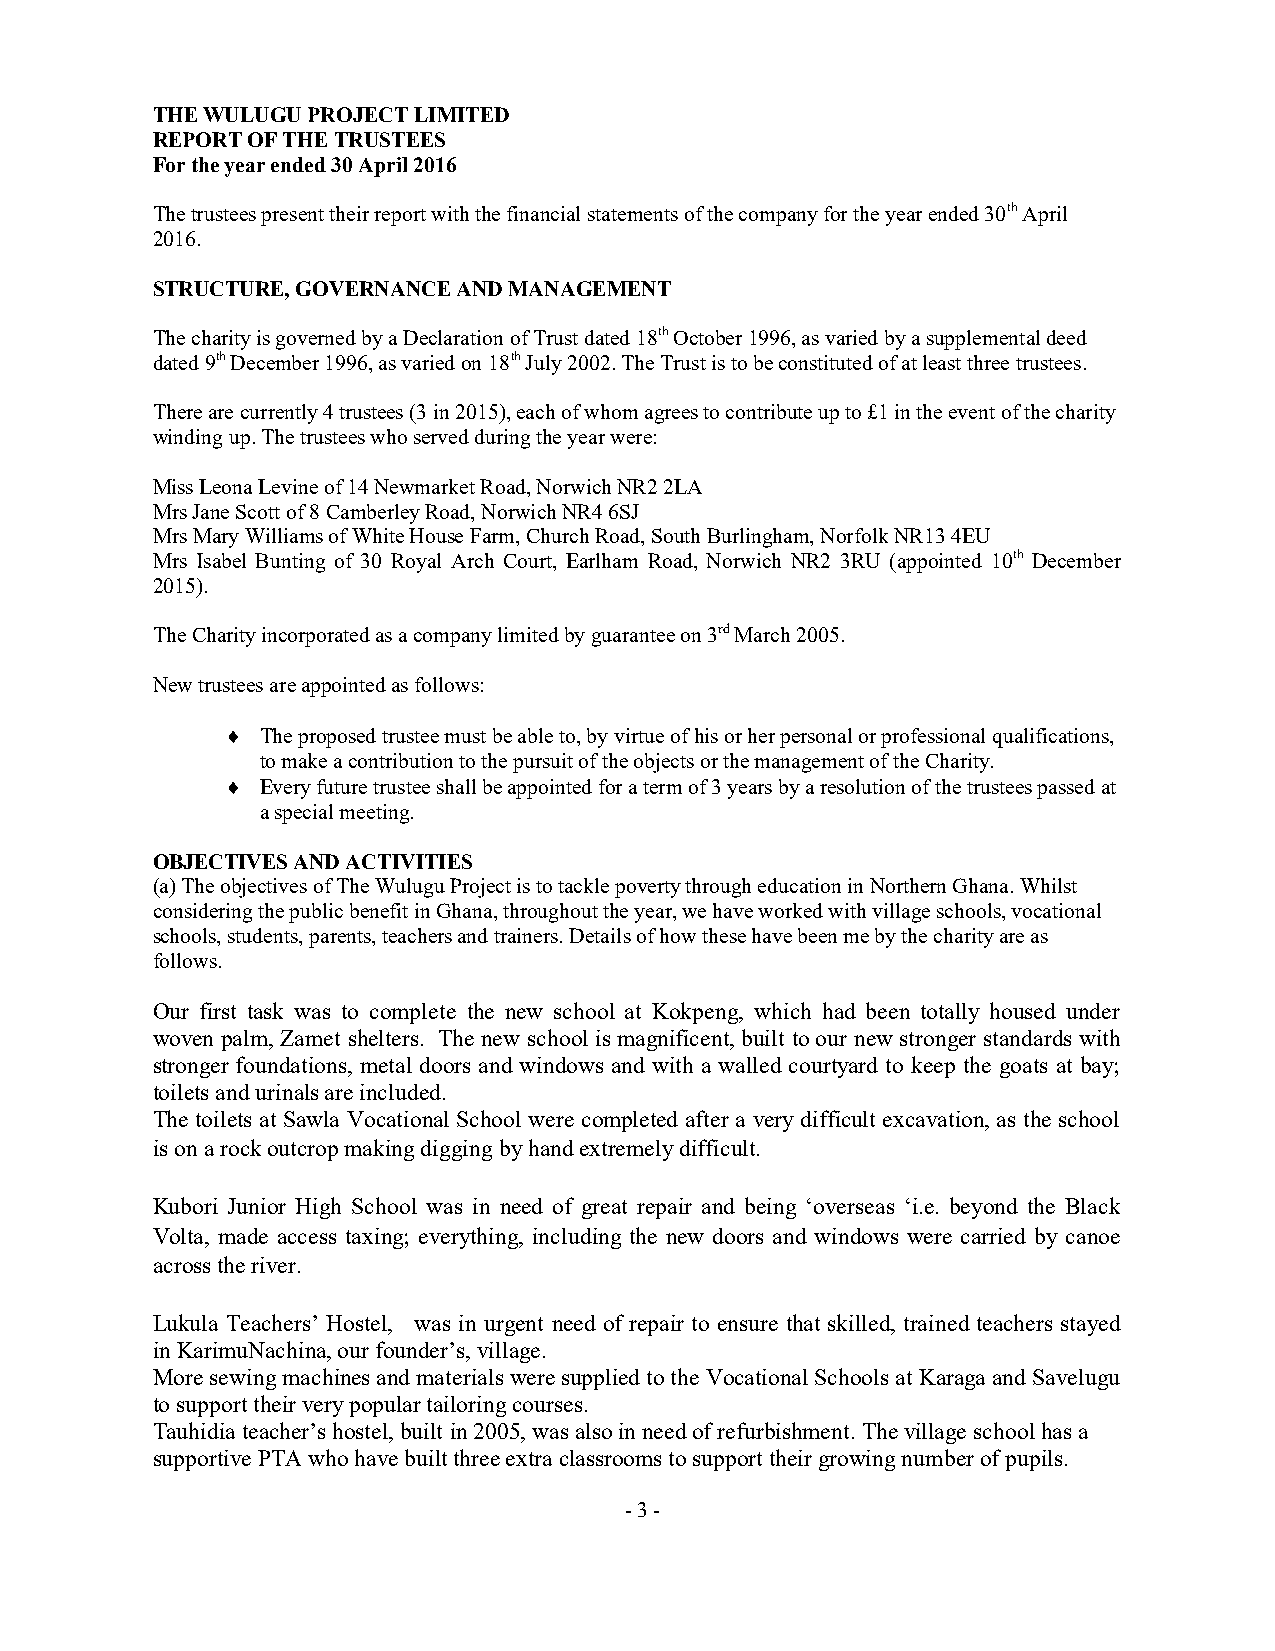
THE WULUGU PROJECT LIMITED
 REPORT OF THE TRUSTEES
 For the year ended 30 April 2016
 The trustees present their report with the financial statements of the company for the year ended 30th April
 2016.
 STRUCTURE, GOVERNANCE AND MANAGEMENT
 The charity is governed by a Declaration of Trust dated 18th October 1996, as varied by a supplemental deed
 dated 9th December 1996, as varied on 18th July 2002. The Trust is to be constituted of at least three trustees.
 There are currently 4 trustees (3 in 2015), each of whom agrees to contribute up to £1 in the event of the charity
 winding up. The trustees who served during the year were:
 Miss Leona Levine of 14 Newmarket Road, Norwich NR2 2LA
 Mrs Jane Scott of 8 Camberley Road, Norwich NR4 6SJ
 Mrs Mary Williams of White House Farm, Church Road, South Burlingham, Norfolk NR13 4EU
 Mrs Isabel Bunting of 30 Royal Arch Court, Earlham Road, Norwich NR2 3RU (appointed 10th December
 2015).
 The Charity incorporated as a company limited by guarantee on 3rd March 2005.
 New trustees are appointed as follows:
  The proposed trustee must be able to, by virtue of his or her personal or professional qualifications,
 to make a contribution to the pursuit of the objects or the management of the Charity.
  Every future trustee shall be appointed for a term of 3 years by a resolution of the trustees passed at
 a special meeting.
 OBJECTIVES AND ACTIVITIES
 (a) The objectives of The Wulugu Project is to tackle poverty through education in Northern Ghana. Whilst
 considering the public benefit in Ghana, throughout the year, we have worked with village schools, vocational
 schools, students, parents, teachers and trainers. Details of how these have been me by the charity are as
 follows.
 Our first task was to complete the new school at Kokpeng, which had been totally housed under
 woven palm, Zamet shelters. The new school is magnificent, built to our new stronger standards with
 stronger foundations, metal doors and windows and with a walled courtyard to keep the goats at bay;
 toilets and urinals are included.
 The toilets at Sawla Vocational School were completed after a very difficult excavation, as the school
 is on a rock outcrop making digging by hand extremely difficult.
 Kubori Junior High School was in need of great repair and being ‘overseas ‘i.e. beyond the Black
 Volta, made access taxing; everything, including the new doors and windows were carried by canoe
 across the river.
 Lukula Teachers’ Hostel, was in urgent need of repair to ensure that skilled, trained teachers stayed
 in KarimuNachina, our founder’s, village.
 More sewing machines and materials were supplied to the Vocational Schools at Karaga and Savelugu
 to support their very popular tailoring courses.
 Tauhidia teacher’s hostel, built in 2005, was also in need of refurbishment. The village school has a
 supportive PTA who have built three extra classrooms to support their growing number of pupils.
 - 3 -